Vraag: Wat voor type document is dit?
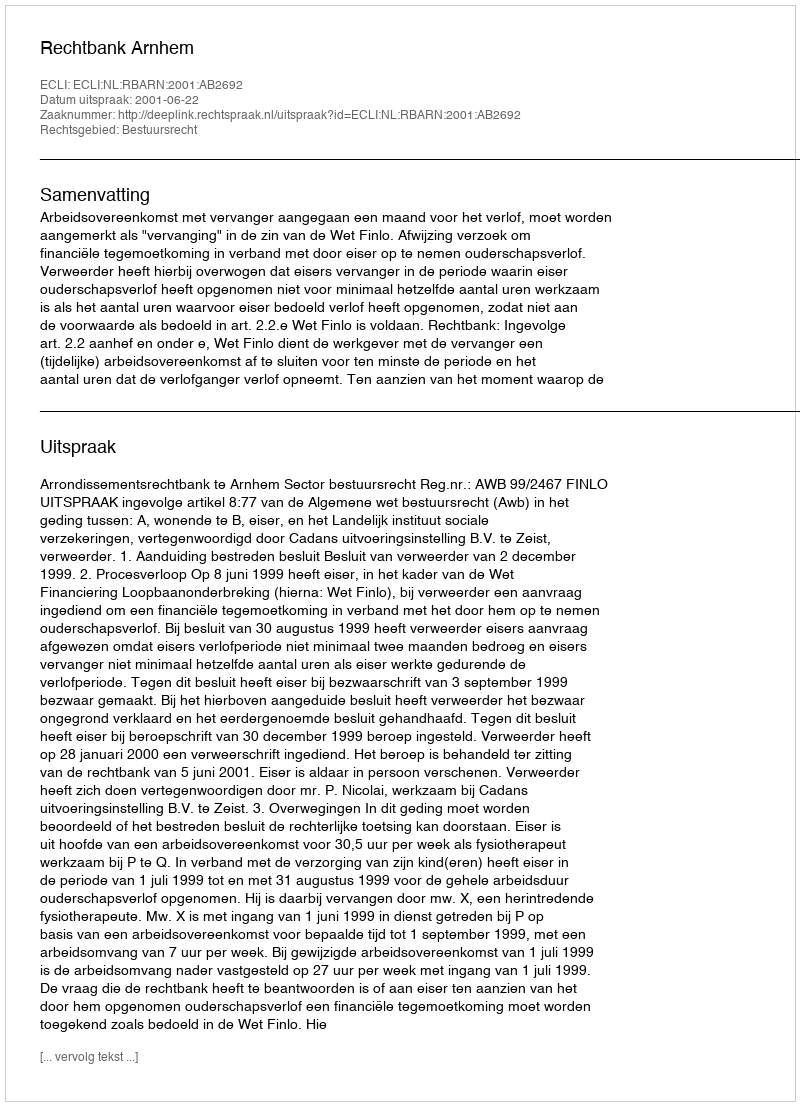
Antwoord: Uitspraak